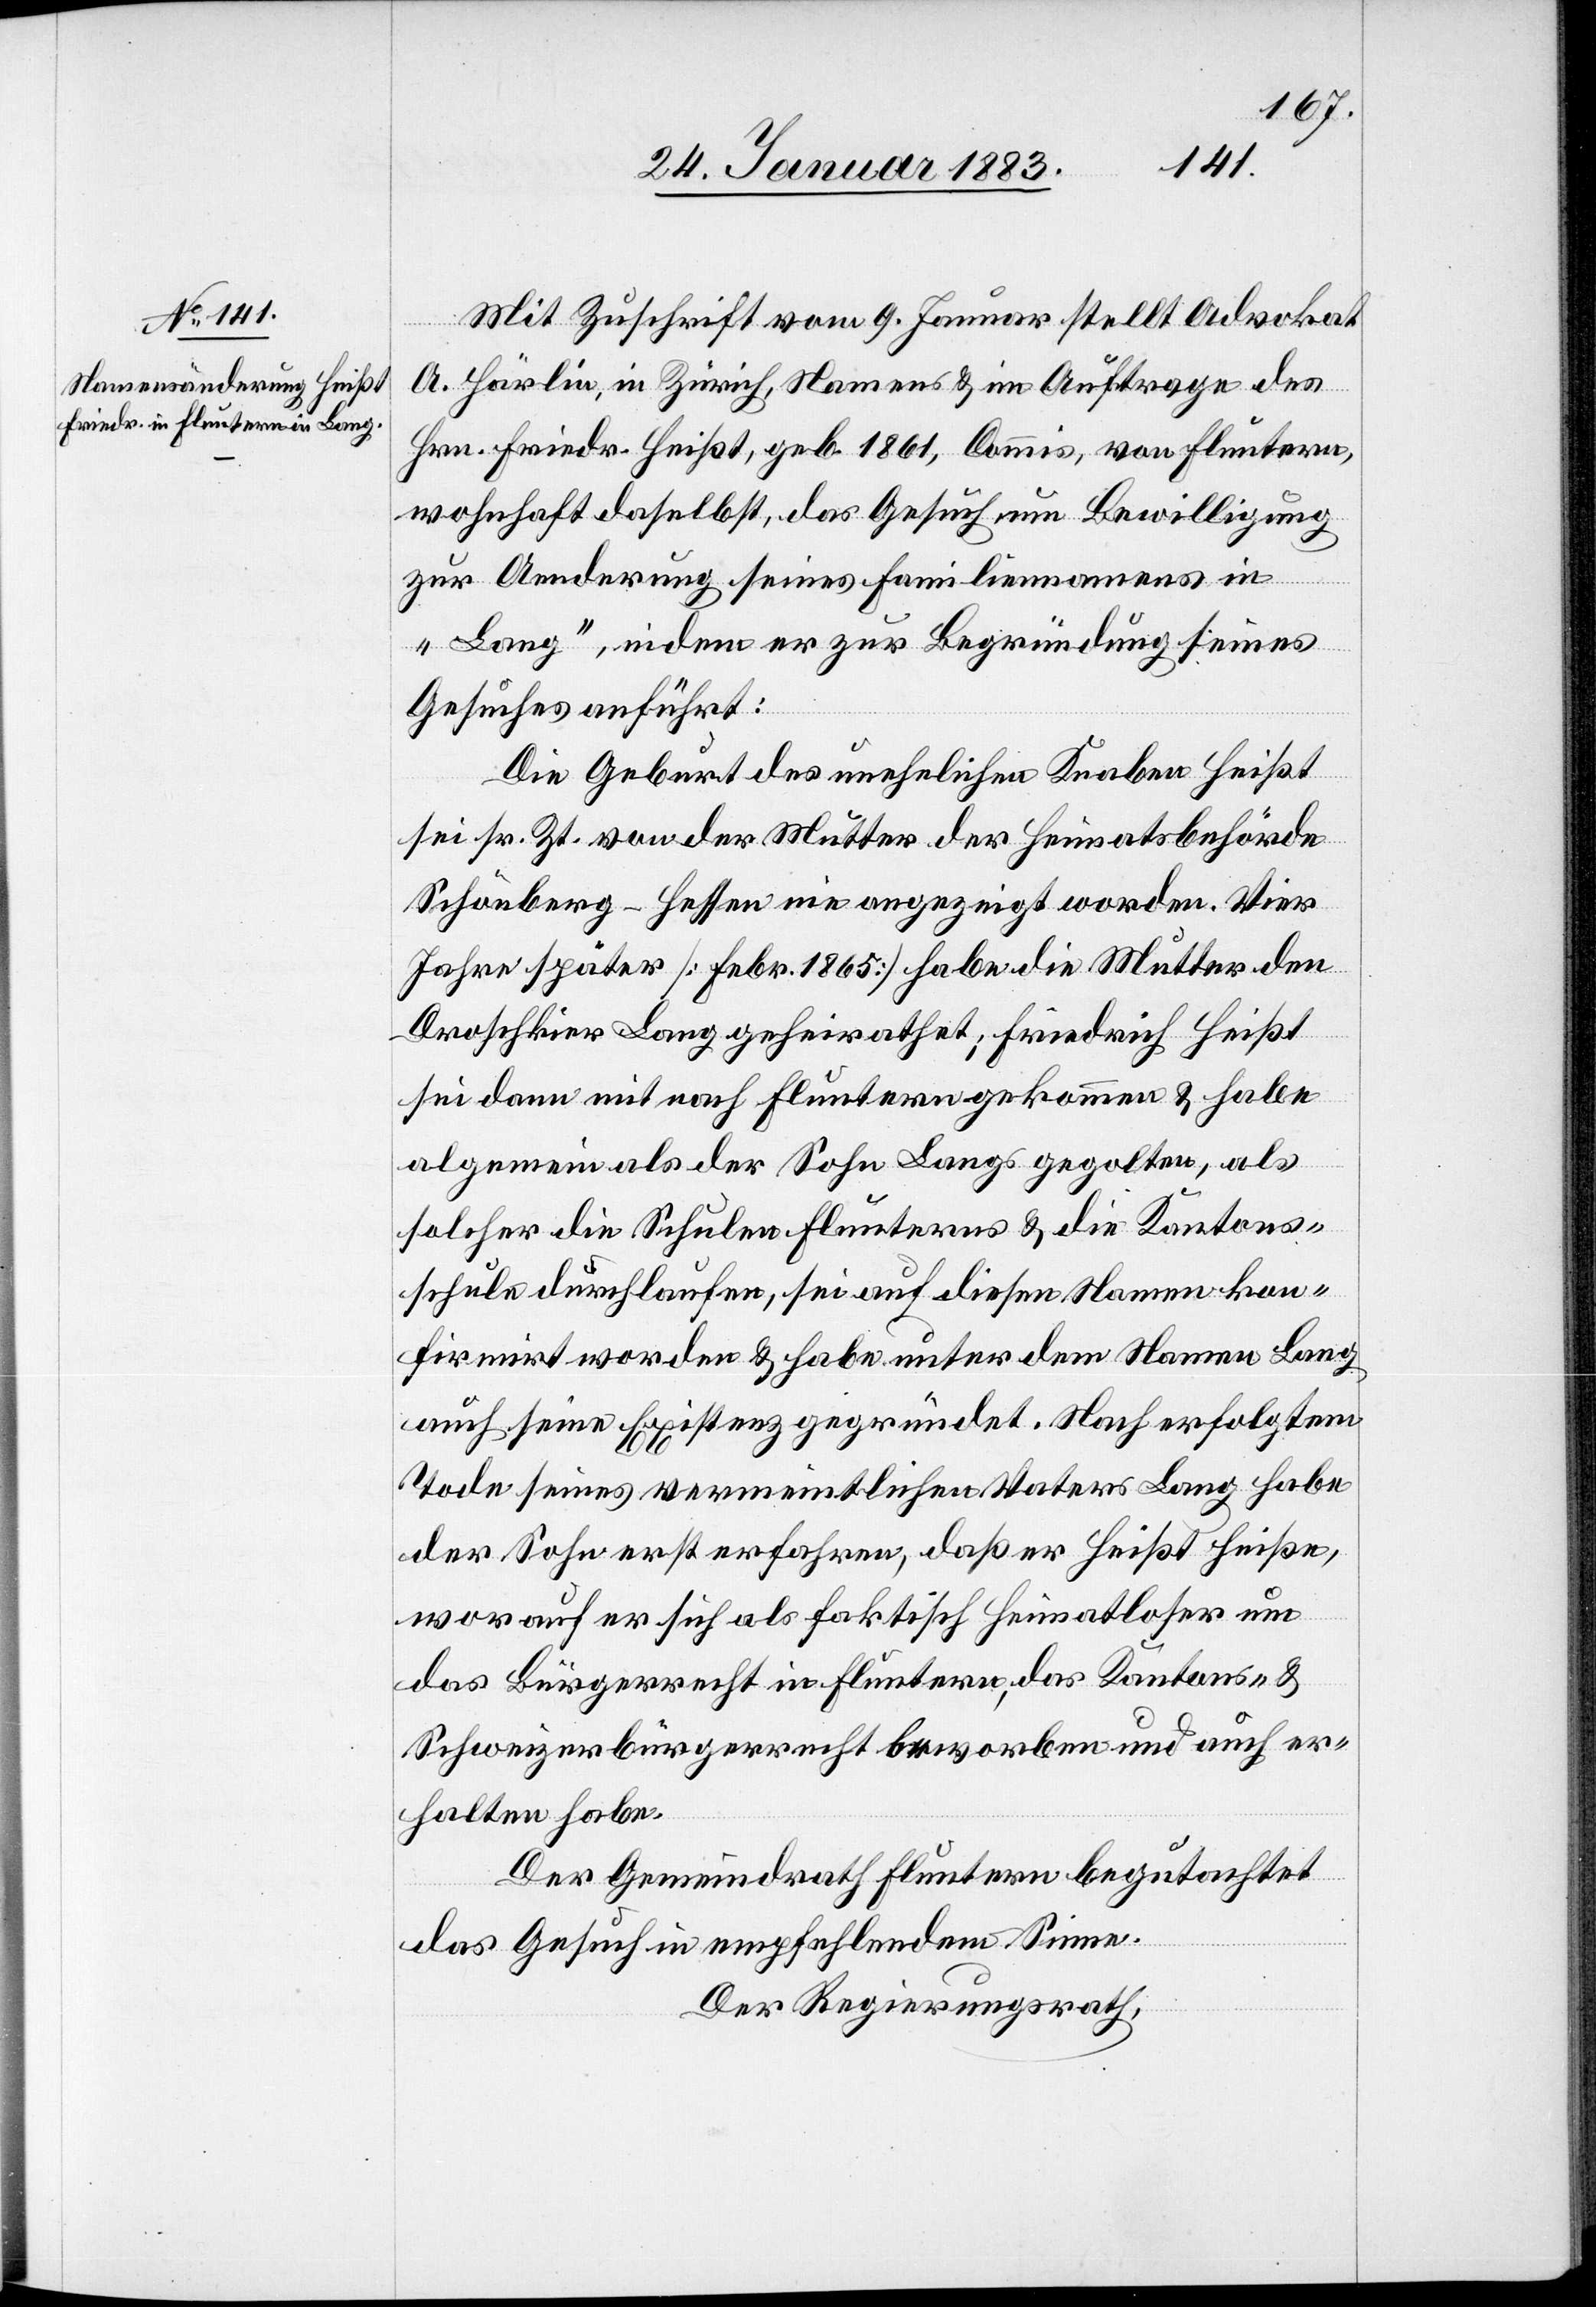
Mit Zuschrift vom 9. Januar stellt Advokat
A. Härlin, in Zürich, Namens & im Auftrage des
Hrn. Friedr. Heißt, geb. 1861, Commis, von Fluntern,
wohnhaft daselbst, das Gesuch um Bewilligung
zur Aenderung seines Familiennames in
„Lang“, indem er zur Begründung seines
Gesuches anführt:
Die Geburt des unehelichen Knaben Heißt
sei sr. Zeit von der Mutter der Heimatsbehörde
Schönberg - Hessen nie angezeigt worden. Vier
Jahre später [Febr. 1865] habe die Mutter den
Droschkier Lang geheirathet; Friedrich Heißt
sei dann mit nach Fluntern gekommen & habe
algemein als der Sohn Langs gegolten, als
solcher die Schulen Flunterns & die Kantons¬
schule durchlaufen, sei auf diesen Namen kon¬
firmirt worden & habe unter dem Namen Lang
auch seine Existenz gegründet. Nach erfolgtem
Tode seines vermeintlichen Vaters Lang habe
der Sohn erst erfahren, daß er Heißt heiße,
worauf er sich als faktisch Heimatloser um
das Bürgerrecht in Fluntern, das Kantons- &
Schweizerbürgerrecht beworben und auch er¬
halten habe.
Der Gemeindrath Fluntern begutachtet
das Gesuch in empfehlendem Sinne.
Der Regierungsrath,